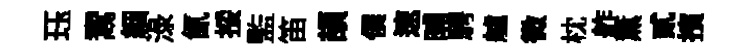
珏鬻絪渌氤挼監笛頡僕速晡騁艫微枕舴薫貳擯